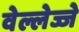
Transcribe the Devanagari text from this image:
वेल्लेज्जे